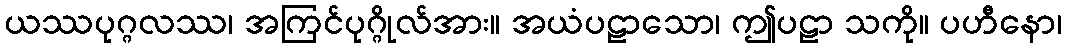
ယဿပုဂ္ဂလဿ၊ အကြင်ပုဂ္ဂိုလ်အား။ အယံပဠာသော၊ ဤပဠာ သကို။ ပဟီနော၊